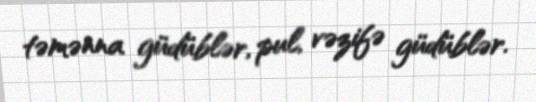
təmənna güdüblər, pul, vəzifə güdüblər.